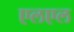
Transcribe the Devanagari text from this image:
एलएल